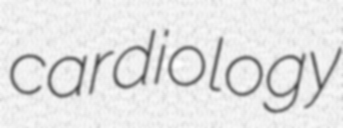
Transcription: cardiology